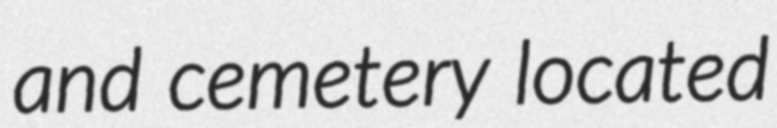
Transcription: and cemetery located